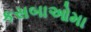
કસબાઓમા